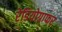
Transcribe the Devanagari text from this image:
रेडियोग्राफर